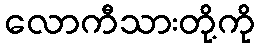
လောကီသားတို့ကို